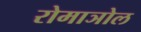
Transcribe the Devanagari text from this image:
रोमाञोल